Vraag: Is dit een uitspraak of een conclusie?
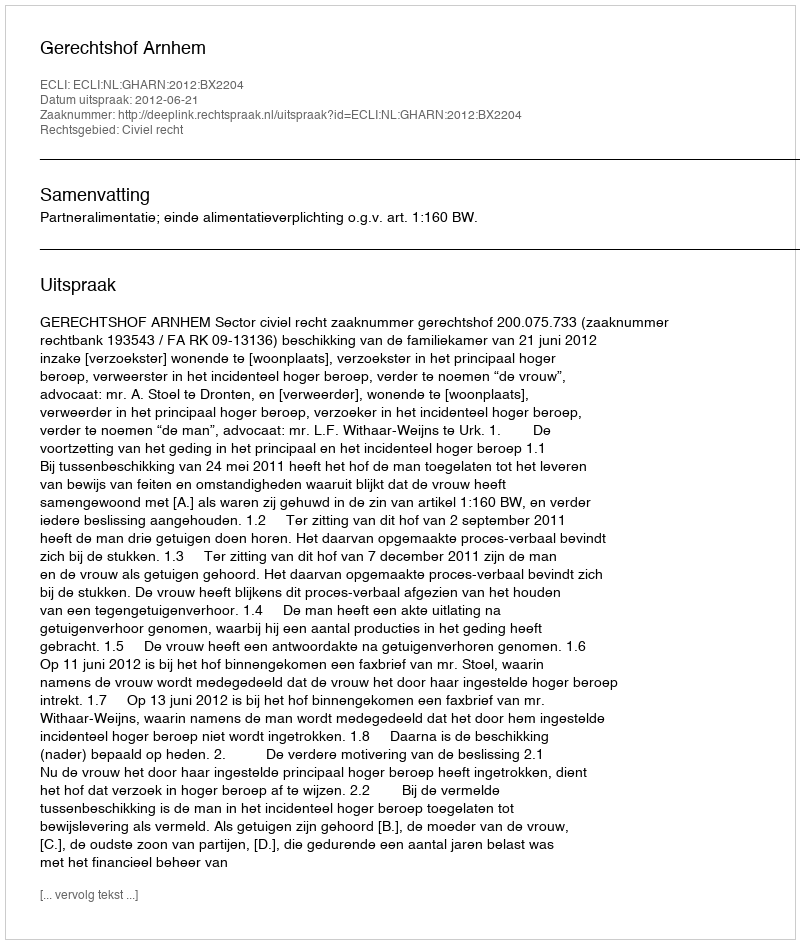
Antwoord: Uitspraak